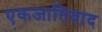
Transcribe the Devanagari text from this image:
एकजातिवाद